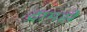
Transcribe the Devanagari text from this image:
ट्रामसे